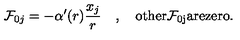
{ \cal F } _ { 0 j } = - \alpha ^ { \prime } ( r ) \frac { x _ { j } } r \quad , \quad \mathrm { o t h e r { \cal F } _ { 0 j } a r e z e r o } .